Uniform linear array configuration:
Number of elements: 12
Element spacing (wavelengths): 0.75
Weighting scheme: uniform
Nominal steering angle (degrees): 0
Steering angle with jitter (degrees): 0.09639
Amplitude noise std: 0.05
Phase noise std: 0.05

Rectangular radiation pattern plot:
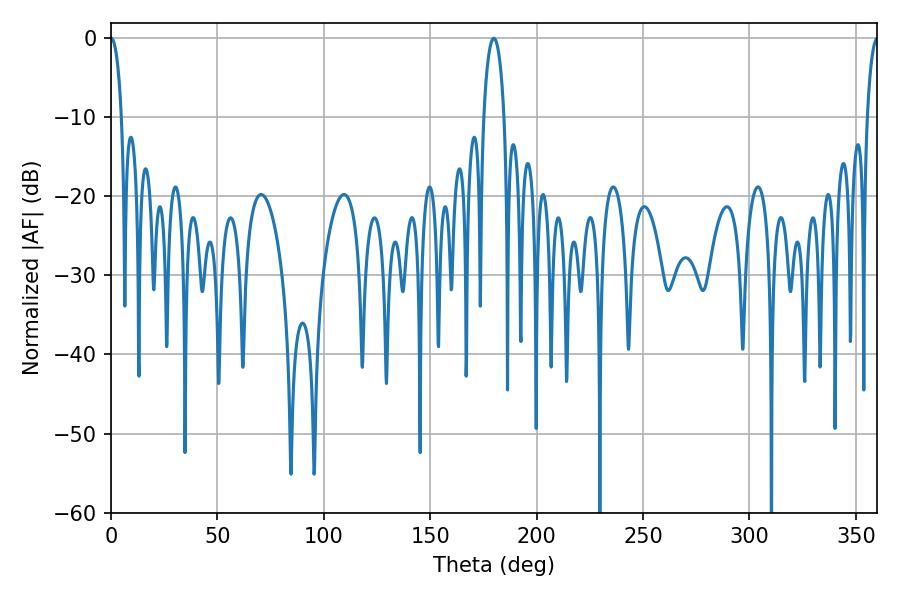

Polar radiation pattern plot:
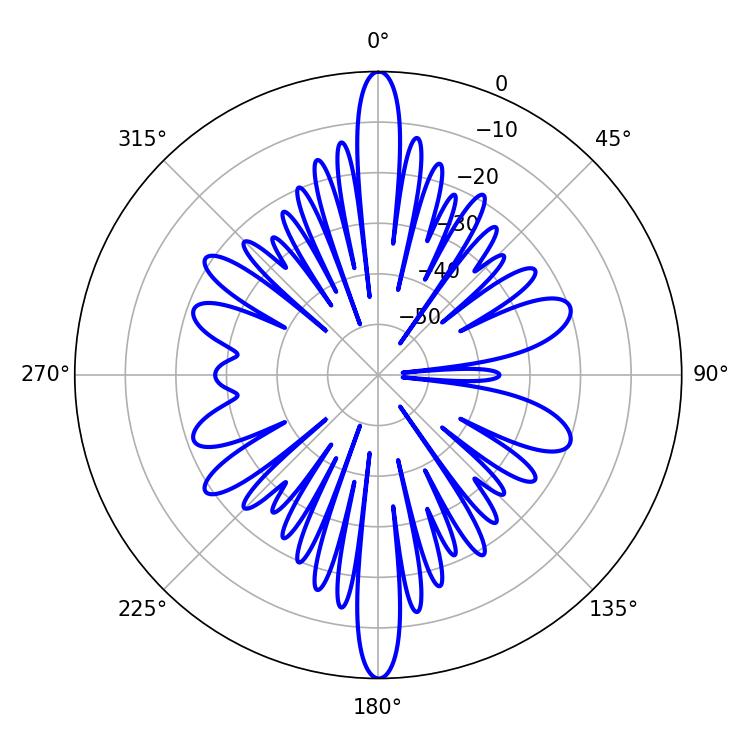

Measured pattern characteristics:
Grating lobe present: TRUE
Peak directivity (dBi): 39.022
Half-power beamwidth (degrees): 2.88
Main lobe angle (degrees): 0.18